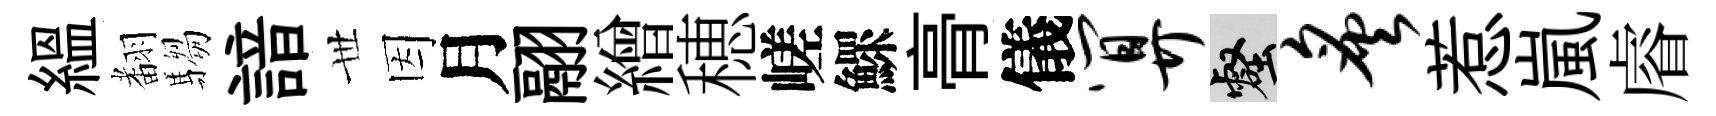
緼𮋒騶諳𠀍因月翮繒穂嵯鰥𮌔儀算壑炙惹嵐𥈠